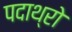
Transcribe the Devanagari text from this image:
पदाथ्रो